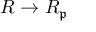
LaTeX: R \to R _ { \mathfrak { p } }